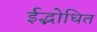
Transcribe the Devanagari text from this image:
ईद्भोधित